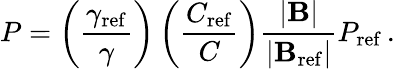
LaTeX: P=\left(\frac{\gamma_{\mathrm{ref}}}{\gamma}\right)\left(\frac{C_{\mathrm{ref}}}{C}\right)\frac{|\mathbf{B}|}{|\mathbf{B}_{\mathrm{ref}}|}P_{\mathrm{ref}}\, .